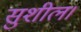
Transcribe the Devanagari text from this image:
सुशील।